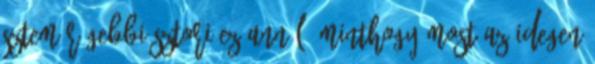
sztem régebbi sztori ez annál, minthogy most az idegen